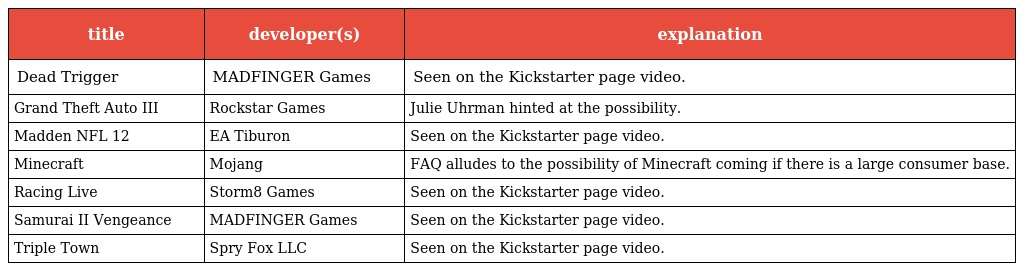
| title | developer(s) | explanation |
 | --- | --- | --- |
 | Dead Trigger | MADFINGER Games | Seen on the Kickstarter page video. |
 | Grand Theft Auto III | Rockstar Games | Julie Uhrman hinted at the possibility. |
 | Madden NFL 12 | EA Tiburon | Seen on the Kickstarter page video. |
 | Minecraft | Mojang | FAQ alludes to the possibility of Minecraft coming if there is a large consumer base. |
 | Racing Live | Storm8 Games | Seen on the Kickstarter page video. |
 | Samurai II Vengeance | MADFINGER Games | Seen on the Kickstarter page video. |
 | Triple Town | Spry Fox LLC | Seen on the Kickstarter page video. |